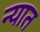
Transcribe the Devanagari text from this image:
न्यात